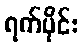
ရက်ပိုင်း